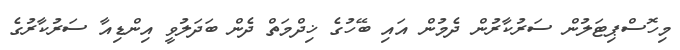
މިހޮސްޕިޓަލުން ސަރުކާރުން ދެމުން އައި ބޭހުގެ ޚިދްމަތް ދެން ބަދަލުވީ އިންޑިއާ ސަރުކާރުގެ